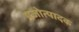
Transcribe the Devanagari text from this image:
प्रजोत्पादक